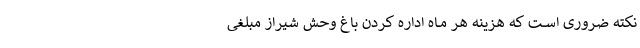
نکته ضرورى اســت که هزینه هر مــاه اداره کردن باغ وحش شیراز مبلغى